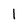
Character: I